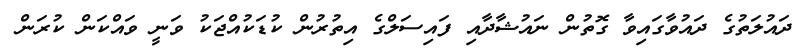
ދައުލަތުގެ ދައުވާގައިވާ ގޮތުން ނައުޝާދާއި ފައިސަލްގެ އިތުރުން ކުޑަކުއްޖަކު ވަނީ ވައްކަން ކުރަން